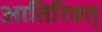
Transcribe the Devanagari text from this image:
आतिरिक्त्